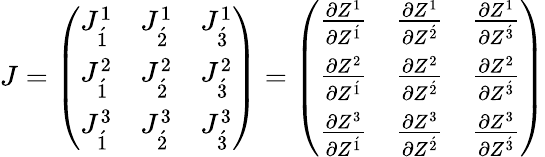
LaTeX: J={\left(\begin{array}{lll}{J_{\acute{1}}^{1}}&{J_{\acute{2}}^{1}}&{J_{\acute{3}}^{1}}\\ {J_{\acute{1}}^{2}}&{J_{\acute{2}}^{2}}&{J_{\acute{3}}^{2}}\\ {J_{\acute{1}}^{3}}&{J_{\acute{2}}^{3}}&{J_{\acute{3}}^{3}}\end{array}\right)}={\left(\begin{array}{lll}{{\frac{\partial{Z^{1}}}{\partial{Z^{\acute{1}}}}}}&{{\frac{\partial{Z^{1}}}{\partial{Z^{\acute{2}}}}}}&{{\frac{\partial{Z^{1}}}{\partial{Z^{\acute{3}}}}}}\\ {{\frac{\partial{Z^{2}}}{\partial{Z^{\acute{1}}}}}}&{{\frac{\partial{Z^{2}}}{\partial{Z^{\acute{2}}}}}}&{{\frac{\partial{Z^{2}}}{\partial{Z^{\acute{3}}}}}}\\ {{\frac{\partial{Z^{3}}}{\partial{Z^{\acute{1}}}}}}&{{\frac{\partial{Z^{3}}}{\partial{Z^{\acute{2}}}}}}&{{\frac{\partial{Z^{3}}}{\partial{Z^{\acute{3}}}}}}\end{array}\right)}